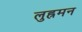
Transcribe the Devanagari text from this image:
लुह्रमन